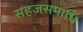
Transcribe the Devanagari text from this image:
सहजसमाधि